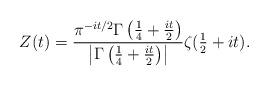
LaTeX: \begin{align*}Z(t) = \frac{\pi^{-i t / 2} \Gamma\left(\tfrac{1}{4} + \tfrac{it}{2}\right)}{\left|\Gamma\left(\tfrac{1}{4} + \tfrac{it}{2}\right)\right|} \zeta(\tfrac{1}{2}+ i t).\end{align*}